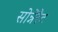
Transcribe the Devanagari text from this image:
सोन्नेरैट